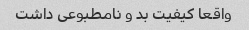
واقعا کیفیت بد و نامطبوعی داشت